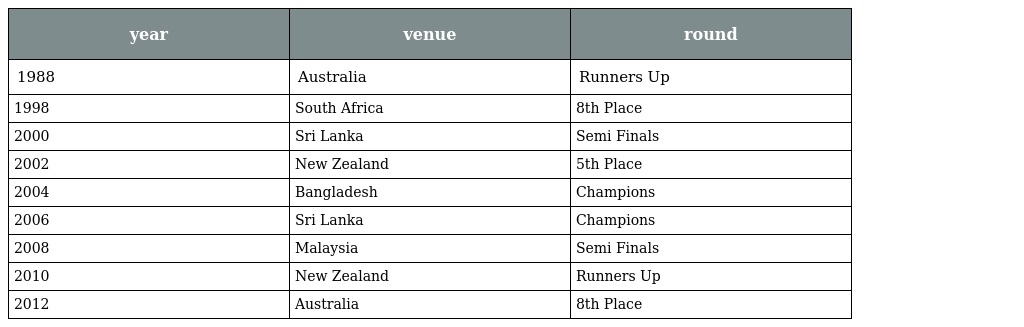
| year | venue | round |
 | --- | --- | --- |
 | 1988 | Australia | Runners Up |
 | 1998 | South Africa | 8th Place |
 | 2000 | Sri Lanka | Semi Finals |
 | 2002 | New Zealand | 5th Place |
 | 2004 | Bangladesh | Champions |
 | 2006 | Sri Lanka | Champions |
 | 2008 | Malaysia | Semi Finals |
 | 2010 | New Zealand | Runners Up |
 | 2012 | Australia | 8th Place |